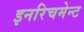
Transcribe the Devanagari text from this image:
इनरिचमेन्ट